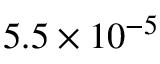
5 . 5 \times 1 0 ^ { - 5 }